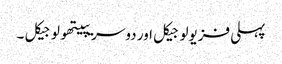
پہلی فزیولوجیکل اور دوسریپیتھولوجیکل ۔